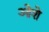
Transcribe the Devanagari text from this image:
ओशे